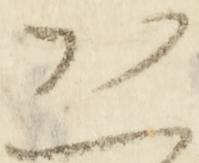
恐